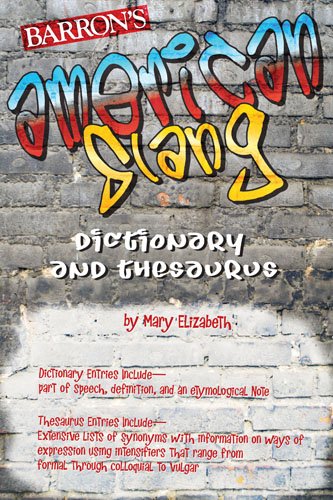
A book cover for American Slang Dictionary and Thesaurus; Mary Elizabeth; Reference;